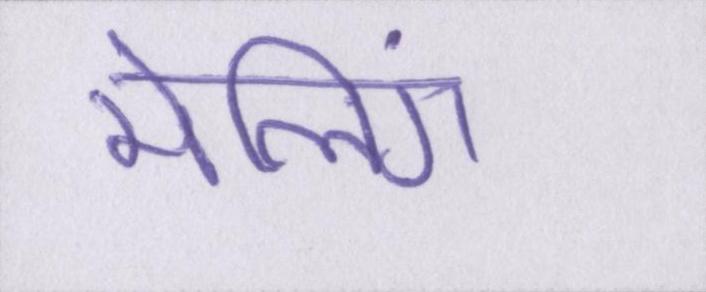
मेलिंग